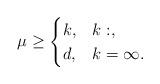
LaTeX: \begin{align*} \mu\ge\begin{cases}k,&k:,\\d,&k=\infty.\end{cases}\end{align*}